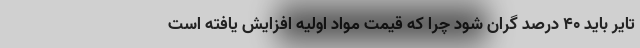
تایر باید ۴۰ درصد گران شود چرا که قیمت مواد اولیه افزایش یافته است